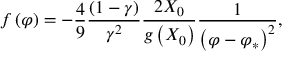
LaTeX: f \left( \varphi \right) = - \frac { 4 } { 9 } \frac { \left( 1 - \gamma \right) } { \gamma ^ { 2 } } \frac { 2 X _ { 0 } } { g \left( X _ { 0 } \right) } \frac { 1 } { \left( \varphi - \varphi _ { * } \right) ^ { 2 } } ,